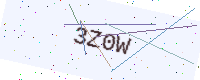
Text: 3Z0W